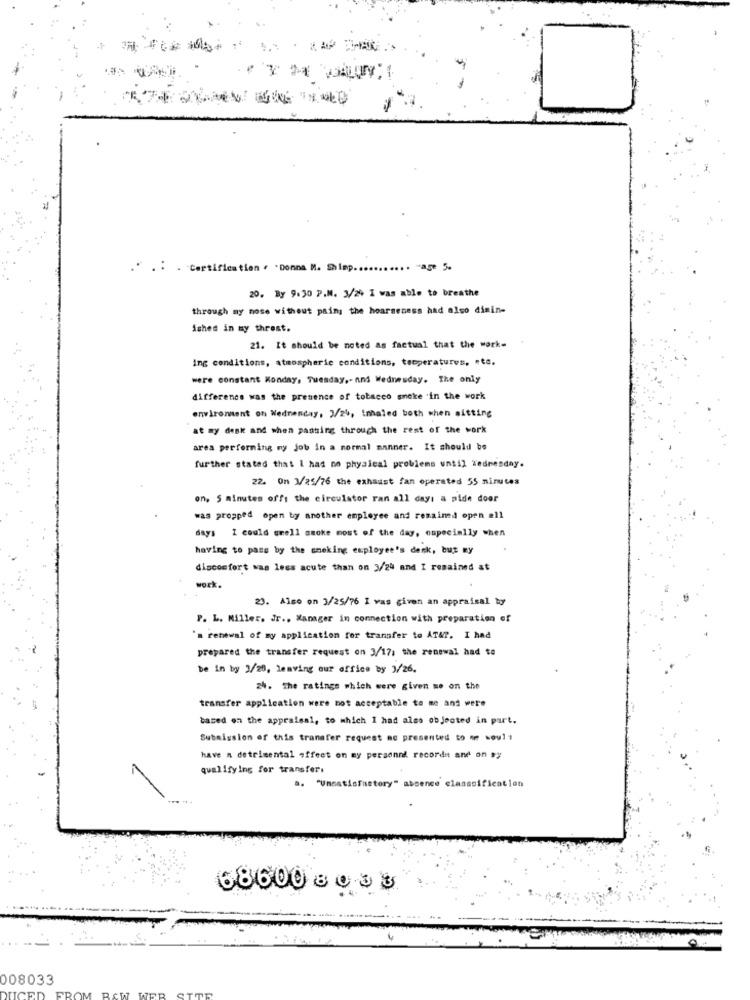
. . . Certification . . Donna M. Shimp ...
. - age 5.
20. By 9.30 P.M. 3/2% I was able to breathe
through my nose without pain the hoarseness had also dimin-
ished in my threst.
21. It should be noted as factual that the work-
ing conditions, atmospheric conditions, teoperatures, nte.
were constant Monday, Tuesday ,- nnd Wednesday. The only
difference was the presence of tobacco smoke 'in the work
environment on Wednesday, 3/24, inhaled both when sitting
at my desk and when passing through the rest of the work
area performing my job in a normal manner. It should be
further stated that I had no physical problems until wednesday.
22. On 1/25/76 the exhaust fan operated 55 minutes
on, 5 minutes offt the circulator ran all day: a pide door
was propped open by another employee and remained open #11
days I could grell smoke most of the day, especially when
having to pass by the smoking employee's denk, but my
discomfort was lees acute than on 3/24 and I remained at
work.
23. Also on 3/25/76 I was given an appraisal by
P. L. Miller. Jr ., Manager in connection with preparation of
'a renewal of my application for transfer to AT&P. I had
prepared the transfer request on 3/17; the renewal had to
be in by 3/25, leaving our office by 3/26.
24. The ratings which were given me on the
transfer application were not acceptable to me and were
based on the appraisal, to which 1 had also objected in part.
Submission of this transfer request ac presented to or soul ,
have a detrimental offeet on my personni recorde and on by
qualifying for transfer.
a. "Unsatisfactory" absence classsification
686008033
008033